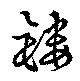
鏤